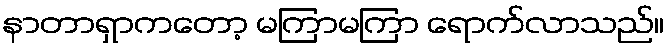
နာတာရှာကတော့ မကြာမကြာ ရောက်လာသည်။